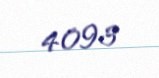
4 093